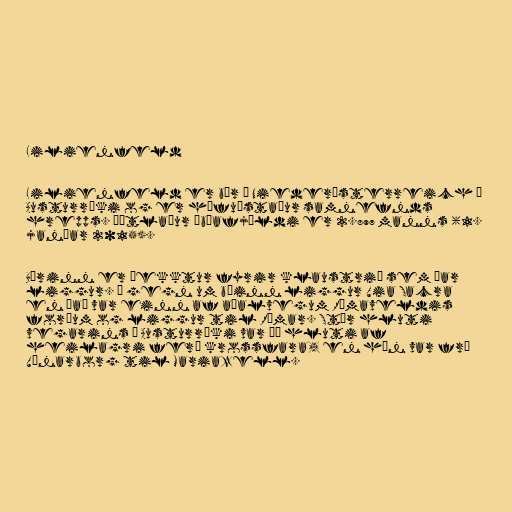
Lilienfeld

Lilienfeld er bær í Niederösterreich í
Austurríki og er höfuðstaður samnefnds
hrepps. Áætlaður íbúafjöldi er 2.897 manns (1.
janúar 2015).

Bærinn er þekktur fyrir klaustrið sem þar
liggur. Í gegn um bæinn liggur Via Sacra
en það var einn af aðalvegum Rómaveldis
forðum og liggur til Rómar. Stór hluti
vegarins í Austurríki var þó hluti af
heilagri ferð krossfara, en hún var frá
Vínarborg til Mariazell.